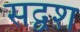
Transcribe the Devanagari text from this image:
सद्वश